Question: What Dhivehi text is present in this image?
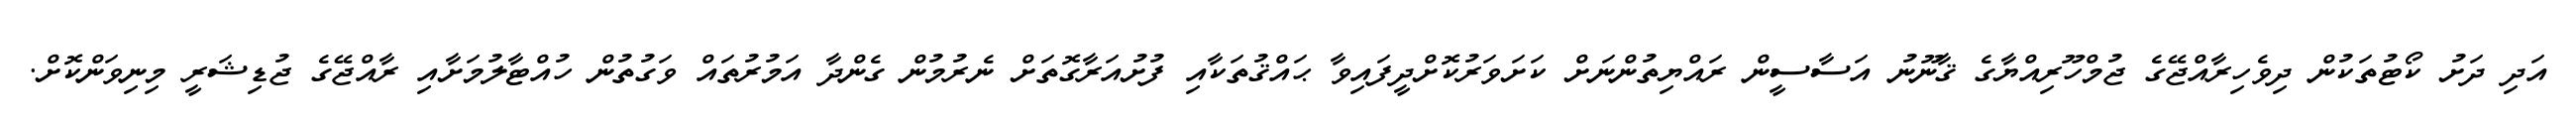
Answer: އަދި ދަށު ކޯޓުތަކުން ދިވެހިރާއްޖޭގެ ޖުމްހޫރިއްޔާގެ ޤާނޫނު އަސާސީން ރައްޔިތުންނަށް ކަށަވަރުކޮށްދީފައިވާ ޙައްޤުތަކާއި ފުށުއަރާގޮތަށް ނެރުމުން ގެންދާ އަމުރުތައް ވަގުތުން ހުއްޓާލުމަށާއި ރާއްޖޭގެ ޖުޑިޝަރީ މިނިވަންކޮށް.